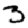
Digit: 3